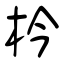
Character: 枔